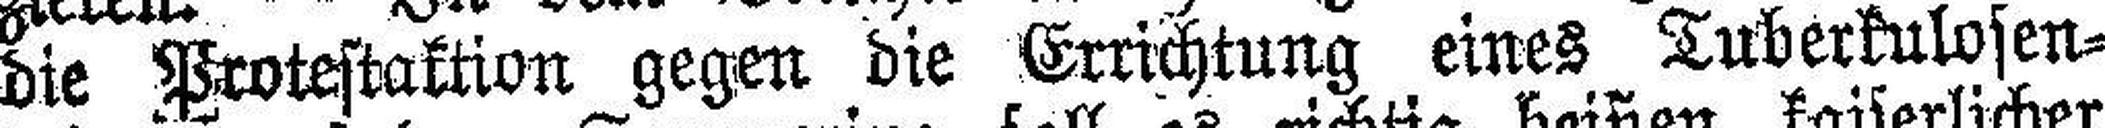
die Protestaktion gegen die Errichtung eines Tuberkulosen¬